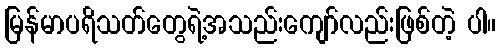
မြန်မာပရိသတ်တွေရဲ့အသည်းကျော်လည်းဖြစ်တဲ့ ပါ။